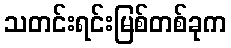
သတင်းရင်းမြစ်တစ်ခုက